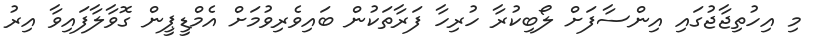
މި އިހުތިޖާޖުގައި އިންސާފަށް ލޯބިކުރާ ހުރިހާ ފަރާތަކުން ބައިވެރިވުމަށް އެމްޑީޕީން ގޮވާލާފައިވާ އިރު